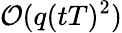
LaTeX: \mathcal{O}(q(tT)^{2})